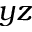
y z